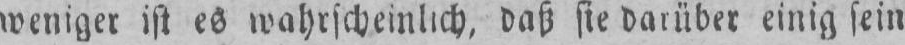
weniger ist es wahrscheinlich, daß sie darüber einig sein